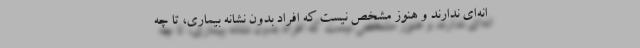
انه‌ای ندارند و هنوز مشخص نیست که افراد بدون نشانه‌ بیماری، تا چه